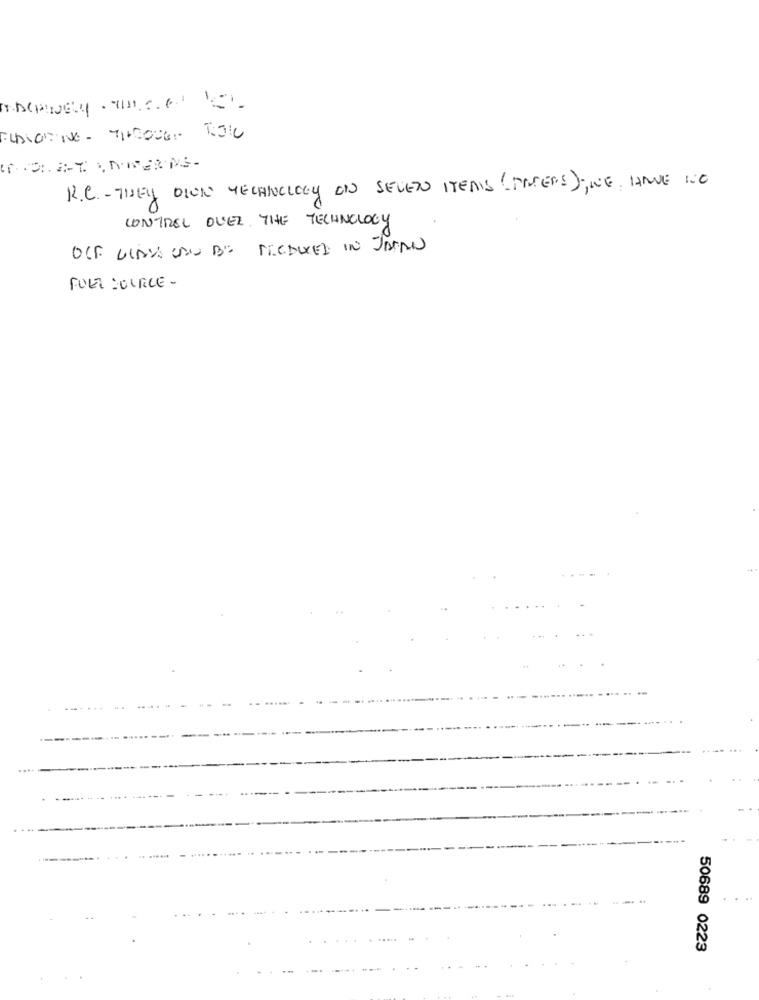
R.C .- THEY DION TECHNOLOGY ON SEVEN ITEMS ( TIERS) ; WE HAVE NO
CONTROL OVER THE TECHNOLOGY
OLF GIAVA CAN BE TICDUCED IN JAPAN
FUER SOURCE -
....
50689 0223
.